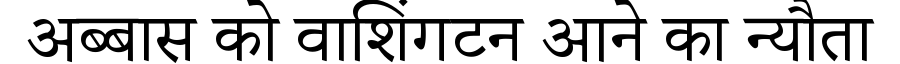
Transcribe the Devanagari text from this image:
अब्बास को वाशिंगटन आने का न्यौता